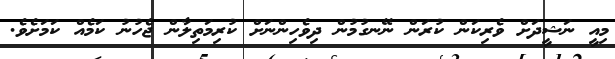
މިއީ ނަޝީދަށް ވެރިކަން ކުރަން ނޭނގުމުން ދިވެހިންނަށް ކުރިމަތިލާން ޖެހުނު ކަމެއް ކަމަށެވެ.